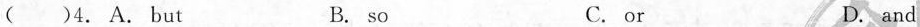
( )4. A. But B. so C.or D.and